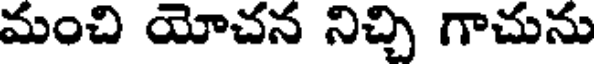
మంచి యోచన నిచ్చి గాచును